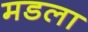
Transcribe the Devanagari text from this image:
मडला